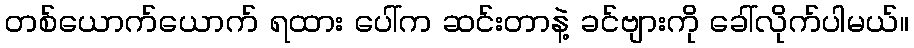
တစ်ယောက်ယောက် ရထား ပေါ်က ဆင်းတာနဲ့ ခင်ဗျားကို ခေါ်လိုက်ပါမယ်။